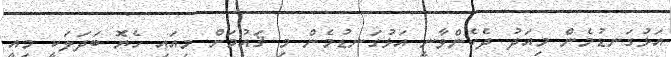
އަޅުގަނޑުމެން މިއަދު ދެކެންވާނީ އަޅުގަނޑުމެން މި ޤައުމަށް މިއައި ހެޔޮ ބަދަލަކީ މިއީ